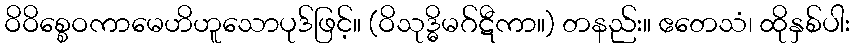
ဝိဝိစ္စေဝကာမေဟိဟူသောပုဒ်ဖြင့်။ (ဝိသုဒ္ဓိမဂ်ဋီကာ။) တနည်း။ ဧတေသံ၊ ထိုနှစ်ပါး